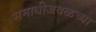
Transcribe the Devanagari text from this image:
समाधीजवळच्या